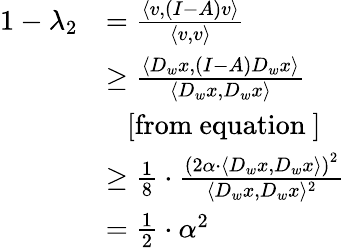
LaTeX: \begin{array}{rl}{1-\lambda_{2}}&{=\frac{\langle v,(I-A)v\rangle}{\langle v,v\rangle}}\\ &{\geq\frac{\langle D_{w}x,(I-A)D_{w}x\rangle}{\langle D_{w}x,D_{w}x\rangle}}\\ &{\ \ \ \mathrm{[from~equation~]}}\\ &{\geq\frac{1}{8}\cdot\frac{\left(2\alpha\cdot\langle D_{w}x,D_{w}x\rangle\right)^{2}}{\langle D_{w}x,D_{w}x\rangle^{2}}}\\ &{=\frac{1}{2}\cdot\alpha^{2}}\end{array}